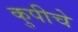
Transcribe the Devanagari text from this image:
कुपीचे